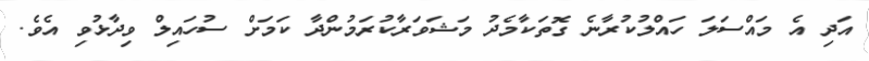
އަދި އެ މައްސަލަ ހައްލުކުރާނެ ގޮތަކާމެދު މަޝަވަރާކުރަމުންދާ ކަމަށް ސުހައިލް ވިދާޅުވި އެވެ.